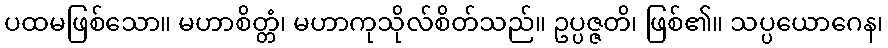
ပထမဖြစ်သော။ မဟာစိတ္တံ၊ မဟာကုသိုလ်စိတ်သည်။ ဥပ္ပဇ္ဇတိ၊ ဖြစ်၏။ သပ္ပယောဂေန၊